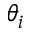
\theta _ { i }